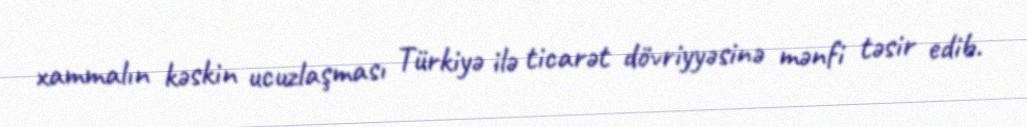
xammalın kəskin ucuzlaşması Türkiyə ilə ticarət dövriyyəsinə mənfi təsir edib.